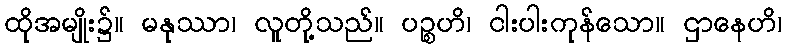
ထိုအမျိုး၌။ မနုဿာ၊ လူတို့သည်။ ပဉ္စဟိ၊ ငါးပါးကုန်သော။ ဌာနေဟိ၊